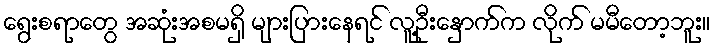
ရွေးစရာတွေ အဆုံးအစမရှိ များပြားနေရင် လူ့ဦးနှောက်က လိုက် မမီတော့ဘူး။